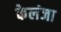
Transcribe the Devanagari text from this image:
केलंजा